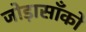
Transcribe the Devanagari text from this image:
जोड़ासाँको